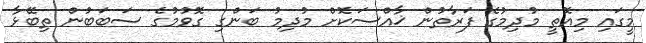
މީގައި މިއޮތީ މުދިމުގެ ފަރާތުން ޚާއްސަކޮށް މުދިމު ބަންގި ގޮވުމުގެ ސަބަބުން ތިބޭޅާ